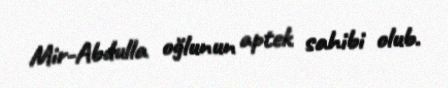
Mir-Abdulla oğlunun aptek sahibi olub.